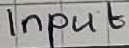
Text: Input